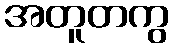
အတူတကွ